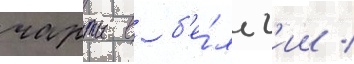
чарты в б'е́льг'ии /